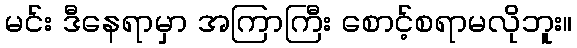
မင်း ဒီနေရာမှာ အကြာကြီး စောင့်စရာမလိုဘူး။